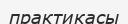
практикасы